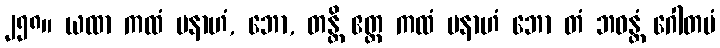
၂၅၈။ ယထာ ကထံ ပနာဟံ, ဘော, တန္တိ ဧတ္ထ ကထံ ပနာဟံ ဘော တံ ဘဝန္တံ ဂေါတမံ